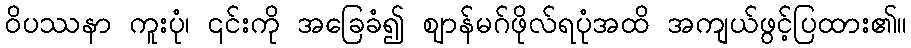
ဝိပဿနာ ကူးပုံ၊ ၎င်းကို အခြေခံ၍ ဈာန်မဂ်ဖိုလ်ရပုံအထိ အကျယ်ဖွင့်ပြထား၏။